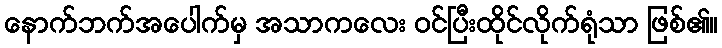
နောက်ဘက်အပေါက်မှ အသာကလေး ဝင်ပြီးထိုင်လိုက်ရုံသာ ဖြစ်၏။